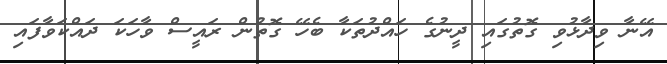
އޭނާ ވިދާޅުވި ގޮތުގައި ދީނުގެ ހައްދުތަކާ ބެހޭ ގޮތުން ރައީސް ވާހަކަ ދައްކަވާފައި